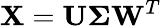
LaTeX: \mathbf{X}=\mathbf{U}\mathbf{\Sigma}\mathbf{W}^{T}